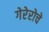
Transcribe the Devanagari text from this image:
गेरेरोचे